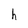
Character: h